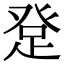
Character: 𤼯